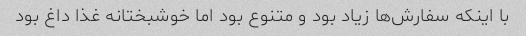
با اینکه سفارش‌ها زیاد بود و متنوع بود اما خوشبختانه غذا داغ بود